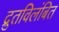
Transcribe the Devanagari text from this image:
द्रुतविलंबित